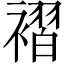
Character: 褶